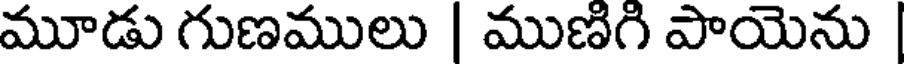
మూడు గుణములు | ముణిగి పాయెను